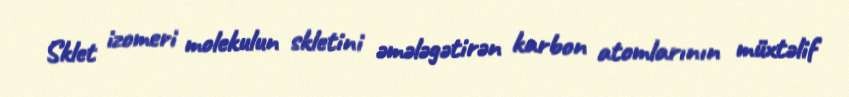
Sklet izomeri molekulun skletini əmələgətirən karbon atomlarının müxtəlif